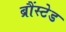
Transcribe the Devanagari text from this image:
ब्रौंस्टेड